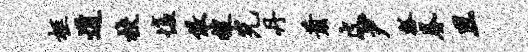
柩道校愎儆搜光丹萧皮尹瓢眷且